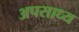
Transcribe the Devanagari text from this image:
अपसाध्य